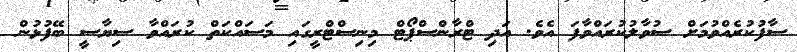
ސާފުކުރެއްވުމަށް ސުވާލުކުރައްވާފަ އެވެ. އަދި ޓްރާންސްޕޯޓް މިނިސްޓްރީގައި މަސައްކަތް ކުރައްވާ ސިޔާސީ ބޭފުޅުން